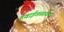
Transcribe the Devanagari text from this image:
हवाईतळांवर